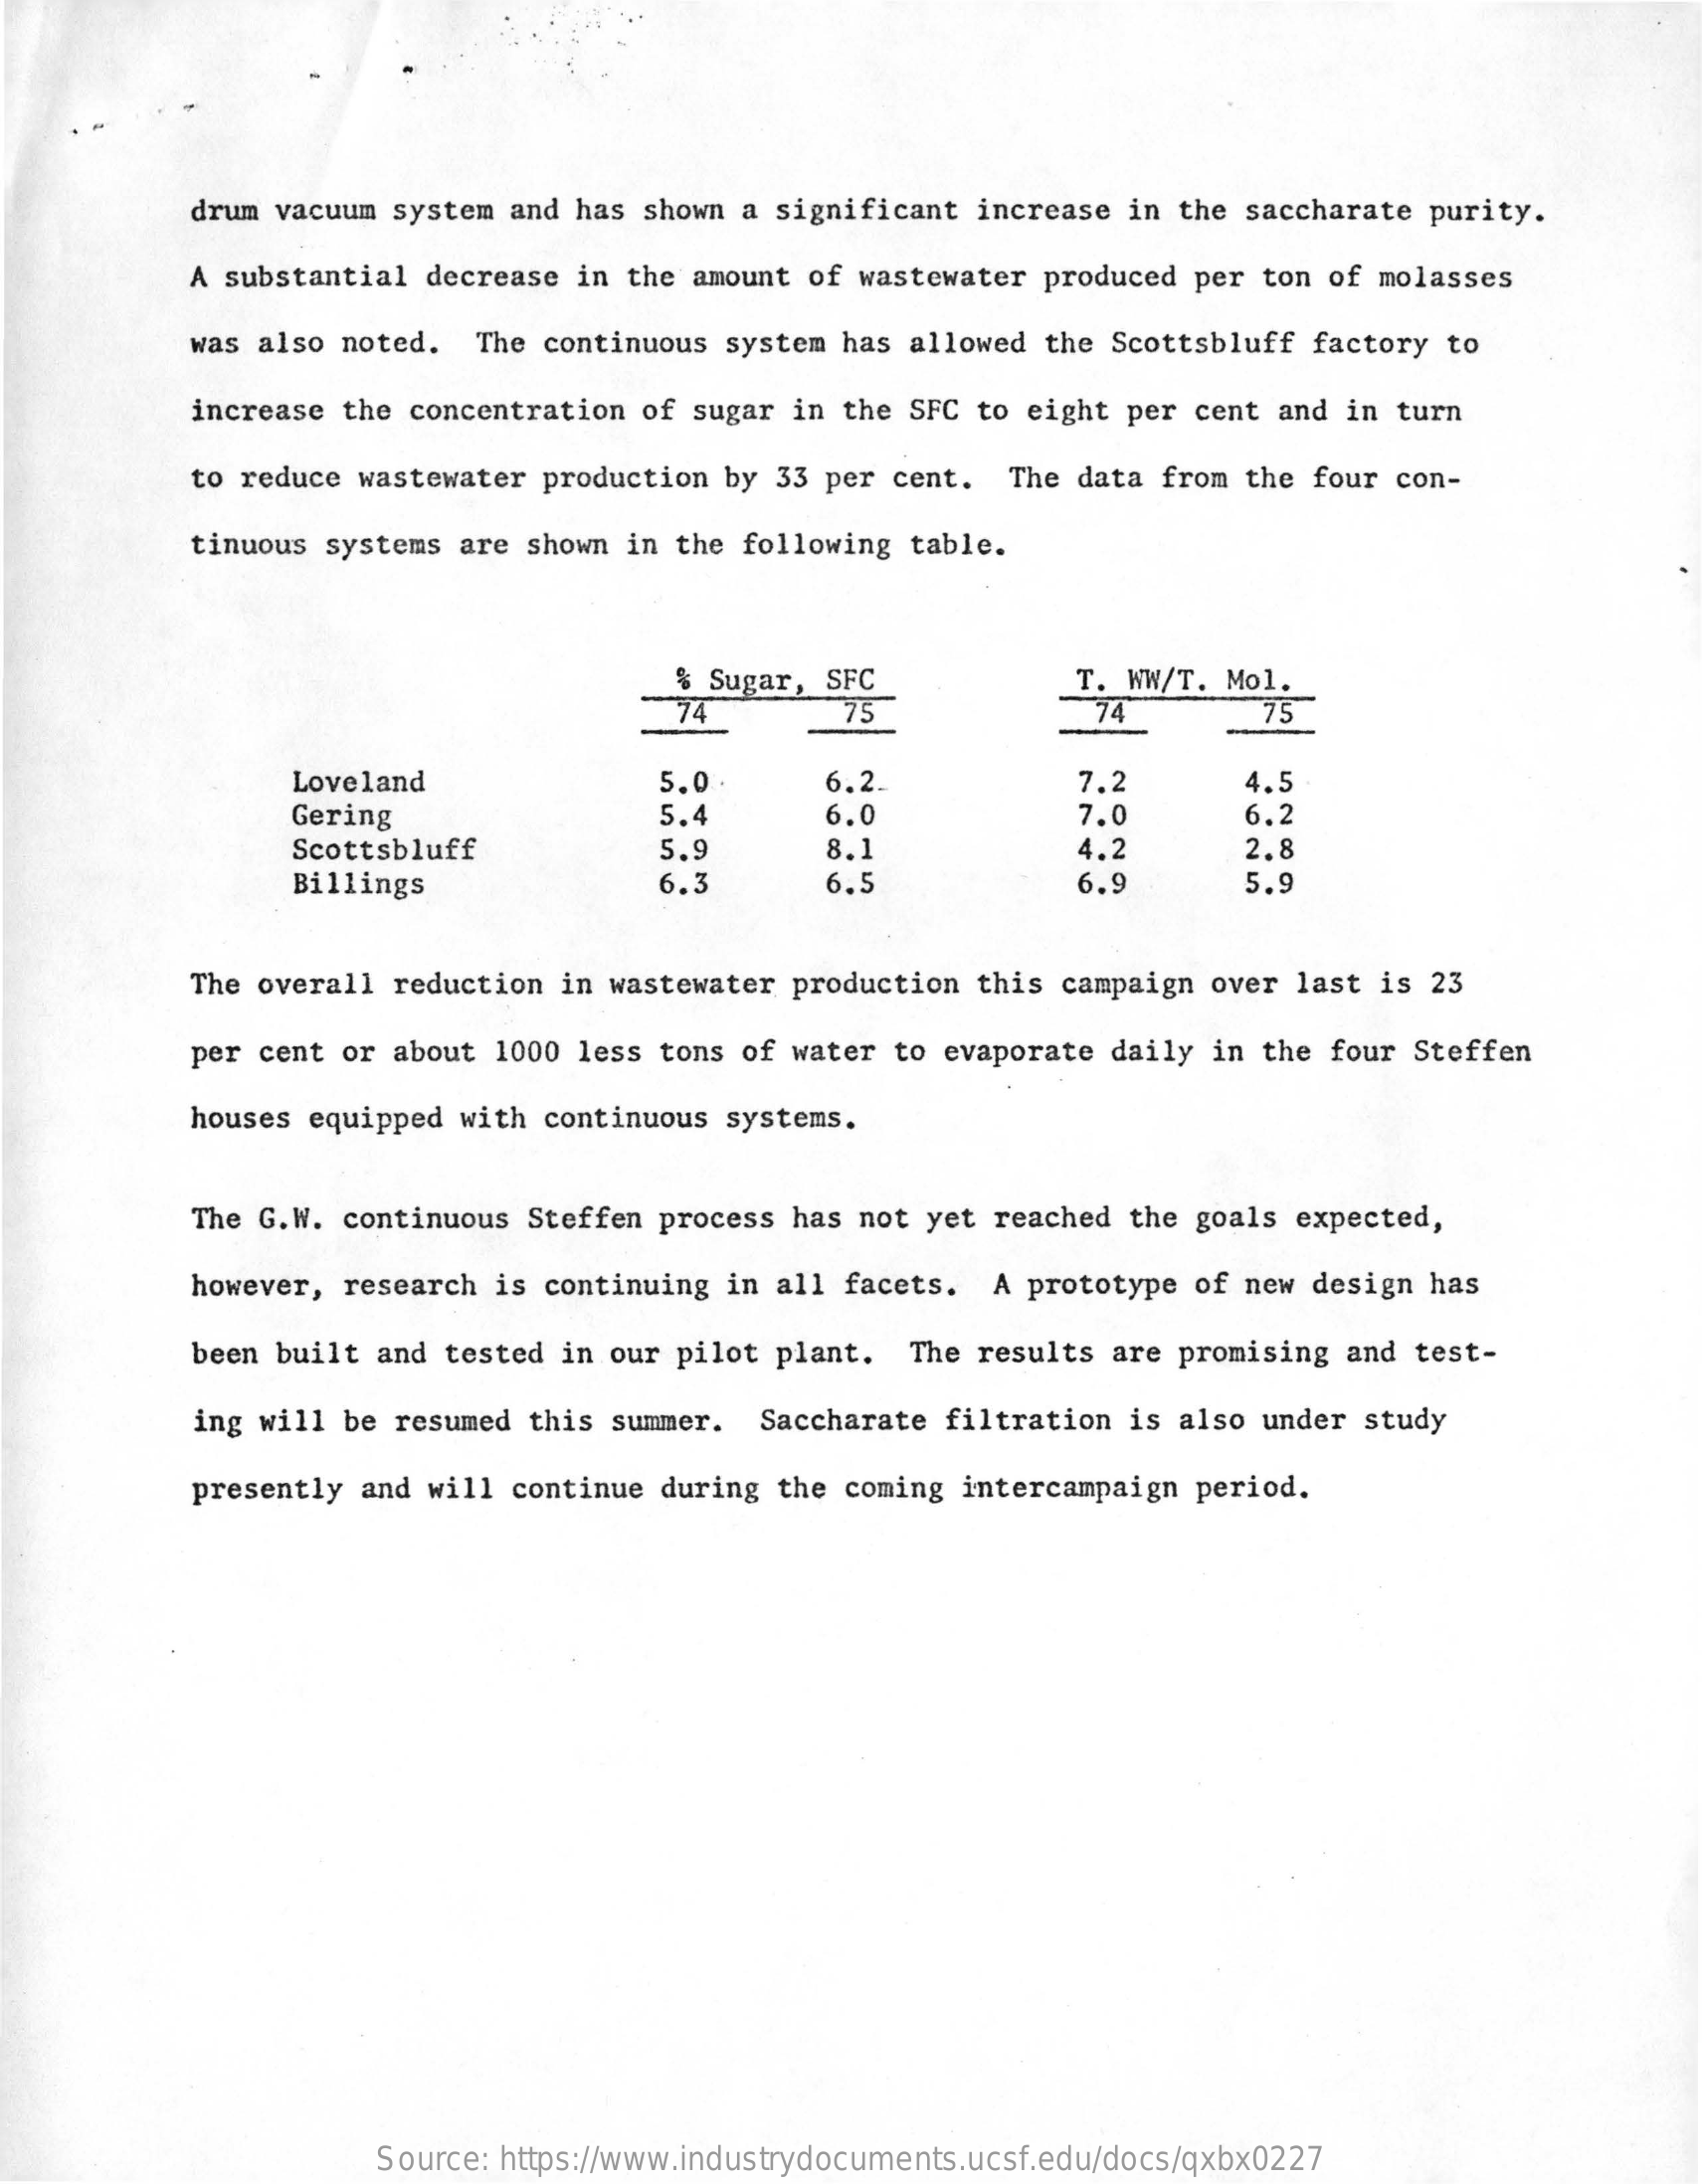
drum vacuum system and has shown a significant increase in the saccharate purity.
     A substantial decrease in the amount of wastewater produced per ton of molasses
     was also noted. The continuous system has allowed the Scottsbluff factory to
     increase the concentration of sugar in the SFC to eight per cent and in turn
     to reduce wastewater production by 33 per cent. The data from the four con-
     tinuous systems are shown in the following table.
     % Sugar, SFC    T. WW/T. Mol.
     74    75    74    75
     Loveland    5.0    6.2.    7.2    4.5
     Gering    5.4    6.0    7.0    6.2
     Scottsbluff    5.9    8.1    4.2    2.8
     Billings    6.3    6.5    6.9    5.9
     The overall reduction in wastewater production this campaign over last is 23
     per cent or about 1000 less tons of water to evaporate daily in the four Steffen
     houses equipped with continuous systems.
     The G.W. continuous Steffen process has not yet reached the goals expected,
     however, research is continuing in all facets. A prototype of new design has
     been built and tested in our pilot plant. The results are promising and test-
     ing will be resumed this summer. Saccharate filtration is also under study
     presently and will continue during the coming intercampaign period.
     Source: https://www.industrydocuments.ucsf.edu/docs/qxbx0227